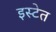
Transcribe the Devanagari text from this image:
इस्टेत